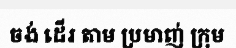
ចង់ ដើរ តាម ប្រមាញ់ ក្រុម